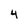
Character: 4